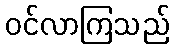
ဝင်လာကြသည်